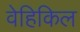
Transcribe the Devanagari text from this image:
वेहिकिल